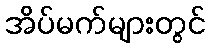
အိပ်မက်များတွင်